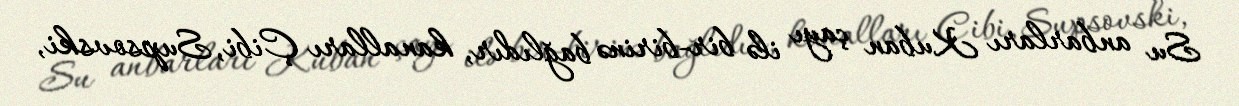
Su anbarları Kuban çayı ilə bir-birinə bağlıdır, kanalları Çibi, Supsovski,